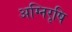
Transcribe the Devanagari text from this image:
अग्निरृषि